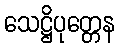
သေဋ္ဌိပုတ္တေန